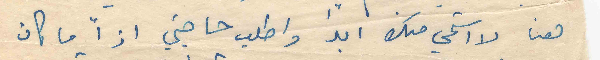
هنا لا استحي منك ابداً واطلب حاجتي اذاً ما كان